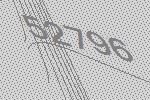
52796